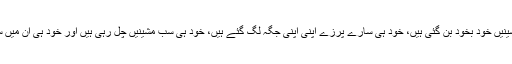
سارا کارخانہ خود بخود قائم ہوگیا ہے، ساری مشینیں خود بخود بن گئی ہیں، خود ہی سارے پرزے اپنی اپنی جگہ لگ گئے ہیں، خود ہی سب مشینیں چل رہی ہیں اور خود ہی ان میں سے عجیب عجیب چیزیں بن بن کر نکل رہی ہیں۔